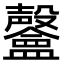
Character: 𣫨